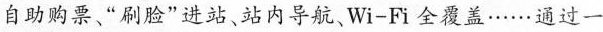
自助购票、“刷脸”进站、站内导航、Wi-Fi 全覆盖·....通过一